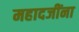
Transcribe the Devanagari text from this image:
महादजींना